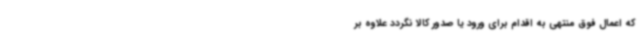
که اعمال فوق منتهی به اقدام برای ورود یا صدور کالا نگردد علاوه بر